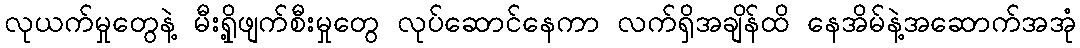
လုယက်မှုတွေနဲ့ မီးရှို့ဖျက်စီးမှုတွေ လုပ်ဆောင်နေကာ လက်ရှိအချိန်ထိ နေအိမ်နဲ့အဆောက်အအုံ